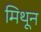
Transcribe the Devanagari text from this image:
मिथून